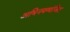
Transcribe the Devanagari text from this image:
अभिनयव्यंजित